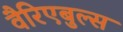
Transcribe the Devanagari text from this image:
वैरिएबुल्स